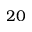
2 0